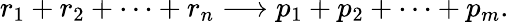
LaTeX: r_{1}+r_{2}+\cdots+r_{n}\longrightarrow p_{1}+p_{2}+\cdots+p_{m}.